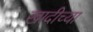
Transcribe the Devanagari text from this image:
खादीच्या